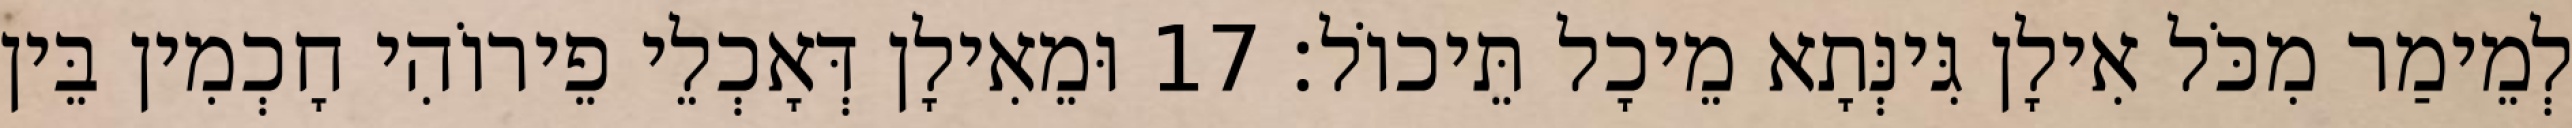
לְמֵימַר מִכֹּל אִילָן גִּינְּתָא מֵיכָל תֵּיכוֹל׃ 17 וּמֵאִילָן דְּאָכְלֵי פֵירוֹהִי חָכְמִין בֵּין